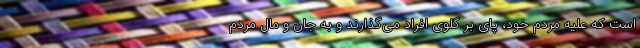
است که علیه مردم خود، پای بر گلوی افراد می‌گذارند و به جان و مال مردم